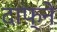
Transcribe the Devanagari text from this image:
दाफ़्ने